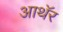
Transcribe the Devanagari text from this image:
आथॅर